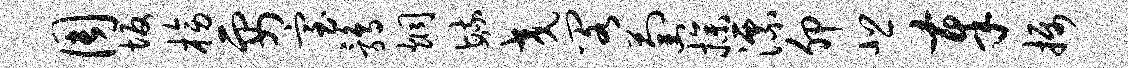
周坂榜要室鹑炯毓交阁萄操漂卯悲奉摄